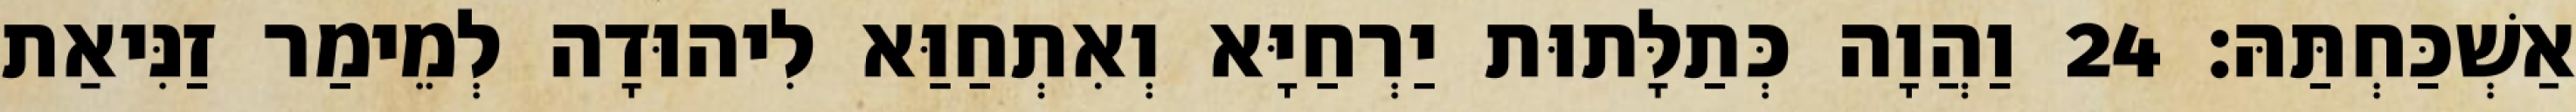
אַשְׁכַּחְתַּהּ׃ 24 וַהֲוָה כְּתַלָּתוּת יַרְחַיָּא וְאִתְחַוַּא לִיהוּדָה לְמֵימַר זַנִּיאַת